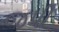
જપી